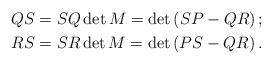
LaTeX: \begin{align*}QS & =SQ\det M=\det\left( SP-QR\right);\\RS & =SR\det M=\det\left( PS-QR\right) .\end{align*}